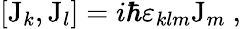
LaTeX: [\mathrm{J}_{k},\mathrm{J}_{l}]=i\hbar\varepsilon_{klm}\mathrm{J}_{m}~,